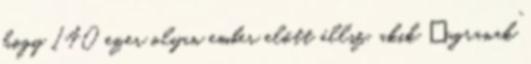
hogy 140 ezer olyan ember előtt állsz, akik „ugranak”